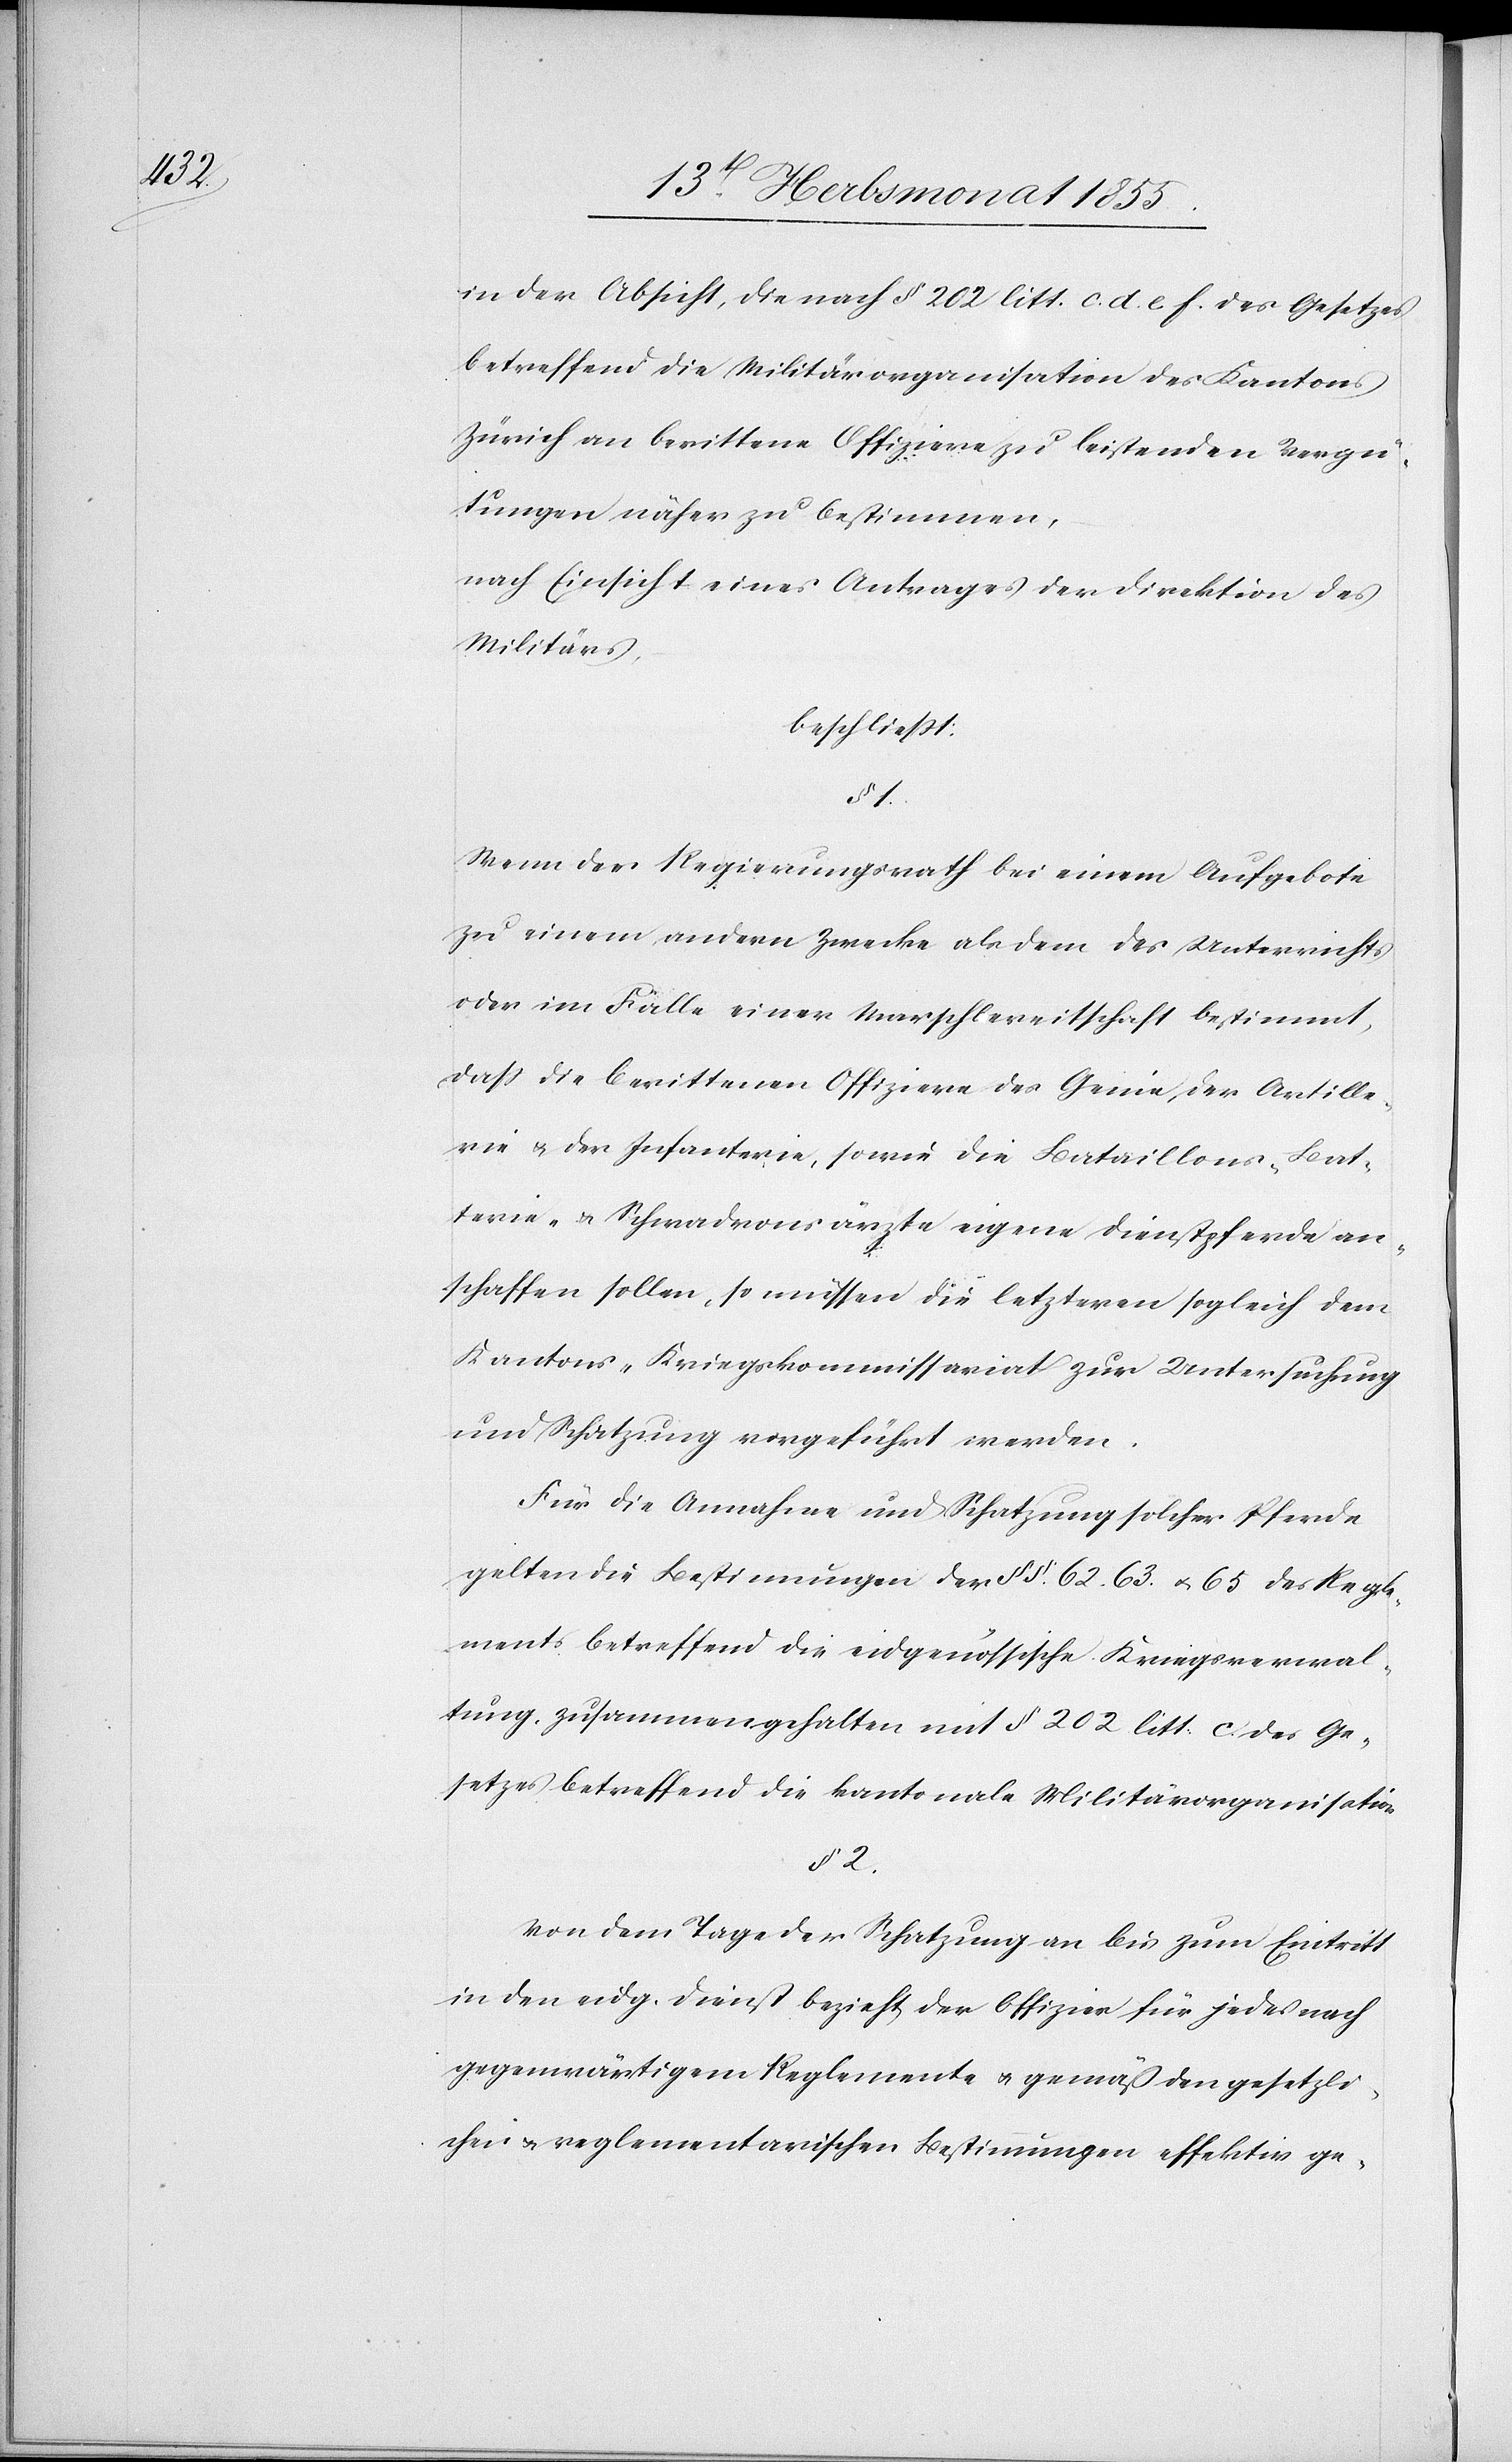
in der Absicht, die nach § 202 litt. c. d. e. f. des Gesetzes
betreffend die Militärorganisation des Kantons
Zürich an berittene Offiziere zu leistenden Vergü¬
tungen näher zu bestimmen,
nach Einsicht eines Antrages der Direktion des
Militärs,
beschliesst:
§ 1.
Wenn der Regierungsrath bei einem Aufgebote
zu einem andern Zwecke als dem des Unterrichts
oder im Falle einer Marschbereitschaft bestimmt,
dass die berittenen Offiziere des Genie, der Artille¬
rie & der Infanterie, sowie die Bataillons-[,] Bat¬
terie- & Schwadronsärzte eigene Dienstpferde an¬
schaffen sollen, so müssen die letzteren sogleich dem
Kantons-Kriegskommissariat zur Untersuchung
und Schatzung vorgeführt werden.
Für die Annahme und Schatzung solcher Pferde
gelten die Bestimmungen der §§. 62. 63. & 65 des Regle¬
ments betreffend die eidgenössische Kriegsverwal¬
tung, zusammengehalten mit § 202 litt. c. des Ge¬
setzes betreffend die kantonale Militärorganisation.
§ 2.
Von dem Tage der Schatzung an bis zum Eintritt
in den eidg. Dienst bezieht der Offizier für jedes nach
gegenwärtigem Reglemente & gemäß den gesetzli¬
chen & reglementarischen Bestimmungen effektiv ge-